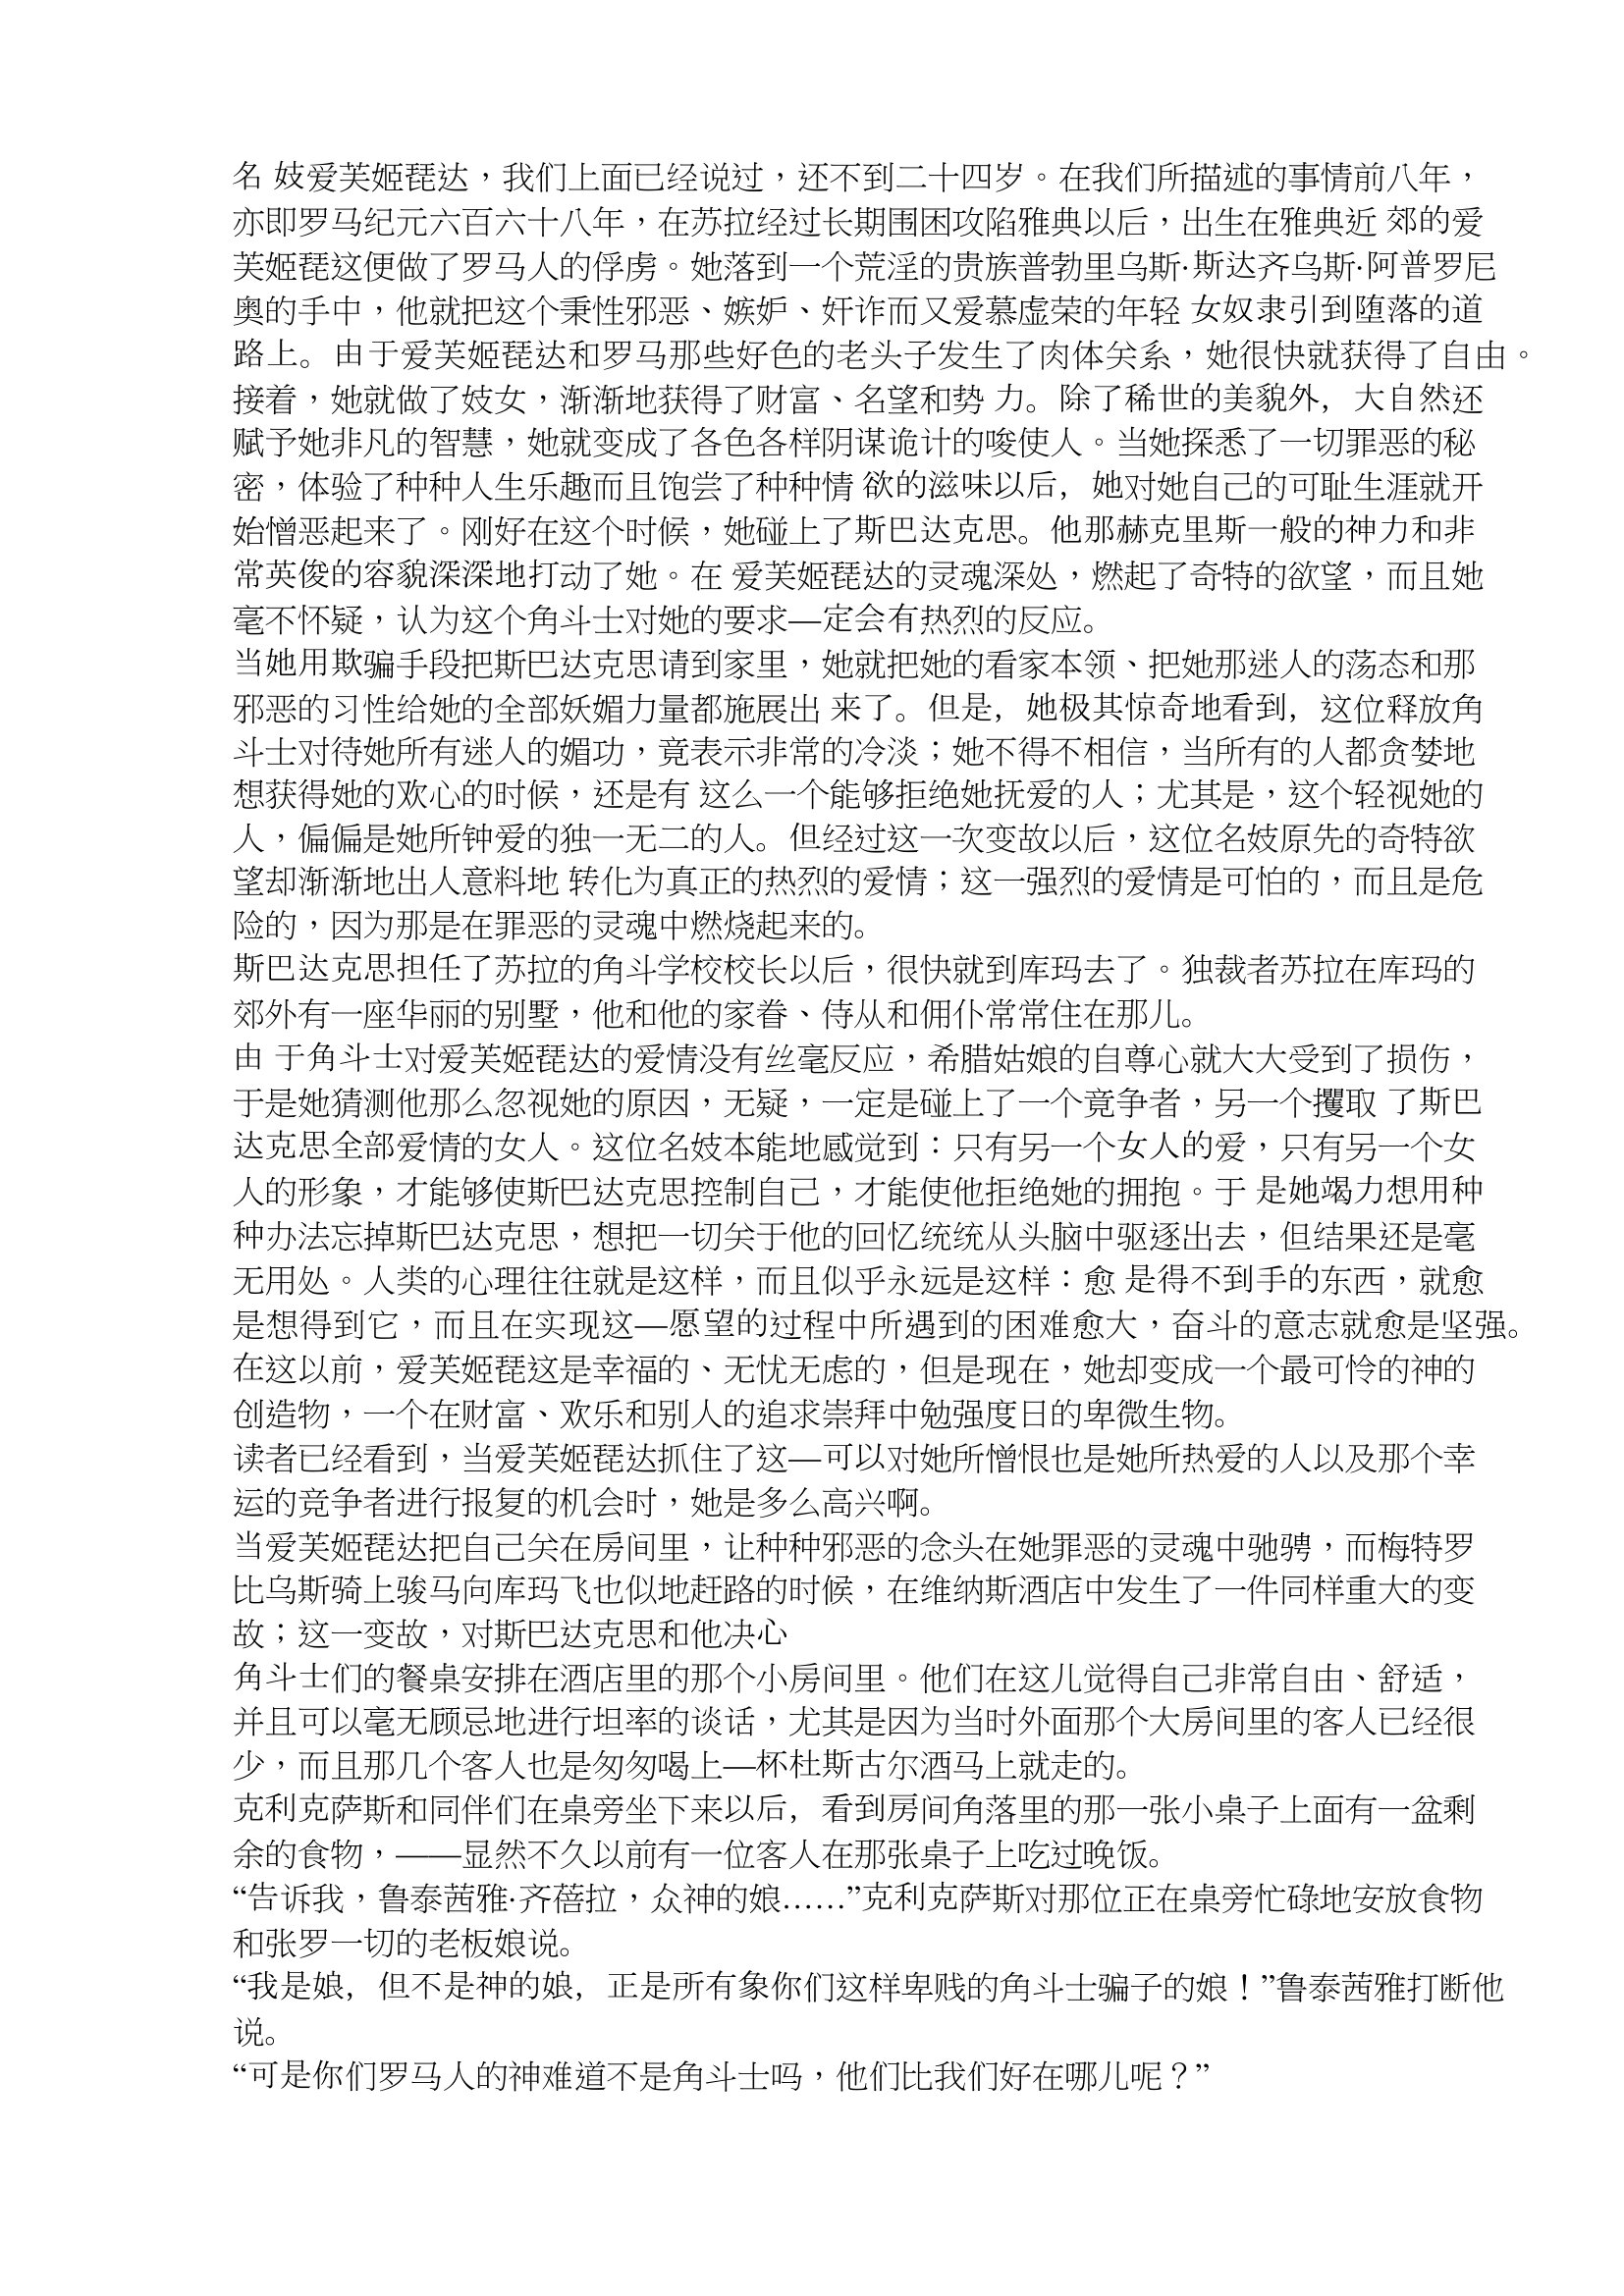
Language: zh